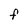
Character: F